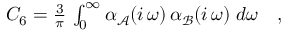
\begin{array} { r } { C _ { 6 } = \frac { 3 } { \pi } \, \int _ { 0 } ^ { \infty } \alpha _ { \mathcal { A } } ( i \, \omega ) \, \alpha _ { \mathcal { B } } ( i \, \omega ) \; d \omega \quad , } \end{array}